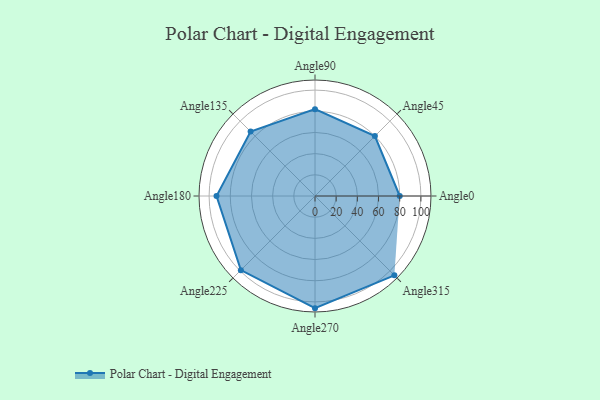
{"axis": {"x": "Angle", "y": "Radius"}, "legend": [""], "data": [{"x": "Angle0", "y": 80.0, "type": ""}, {"x": "Angle45", "y": 80.0, "type": ""}, {"x": "Angle90", "y": 82.0, "type": ""}, {"x": "Angle135", "y": 86.0, "type": ""}, {"x": "Angle180", "y": 93.0, "type": ""}, {"x": "Angle225", "y": 99.0, "type": ""}, {"x": "Angle270", "y": 106.0, "type": ""}, {"x": "Angle315", "y": 106.0, "type": ""}]}